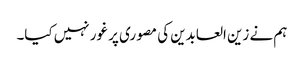
ہم نے زین العابدین کی مصوری پر غور نہیں کیا۔